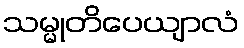
သမ္မုတိပေယျာလံ